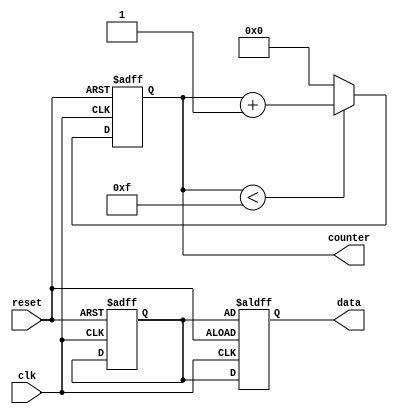
module parameter_focused_init #(
    parameter INIT_VALUE = 8'h00,    // Initial value for registers
    parameter COUNTER_SIZE = 4,      // Size of the counter
    parameter OP_MODE = 1             // Operational mode (0 or 1)
)(
    input wire clk,                   // Clock input
    input wire reset,                 // Reset input
    output reg [INIT_VALUE-1:0] data, // Output data
    output reg [COUNTER_SIZE-1:0] counter // Counter output
);

    // Internal state variable
    reg [INIT_VALUE-1:0] internal_reg;

    // Initialization logic
    initial begin
        internal_reg = INIT_VALUE; // Set initial value
        counter = 0;               // Initialize counter to zero
        data = internal_reg;       // Set output data to initial register value
    end

    // Always block for reset and clock-driven behavior
    always @(posedge clk or posedge reset) begin
        if (reset) begin
            // Conditional initialization based on operational mode
            case (OP_MODE)
                0: begin
                    internal_reg <= INIT_VALUE; // Reset to initial value
                    counter <= 0;                // Reset counter
                end
                1: begin
                    internal_reg <= INIT_VALUE + 1; // Different reset behavior
                    counter <= COUNTER_SIZE;        // Set counter to max size
                end
                default: begin
                    internal_reg <= INIT_VALUE; // Default case
                    counter <= 0;                // Reset counter
                end
            endcase
            data <= internal_reg; // Update output data on reset
        end else begin
            // Normal operation (increment counter)
            if (counter < (1 << COUNTER_SIZE) - 1) begin
                counter <= counter + 1; // Increment counter
            end else begin
                counter <= 0; // Reset counter if maximum reached
            end
            data <= internal_reg; // Maintain output data
        end
    end

endmodule